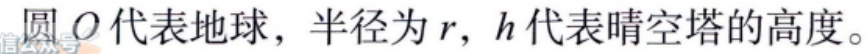
圆\(O\)代表地球，半径为\(r\)，\(h\)代表晴空塔的高度。